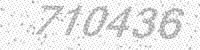
Solution: 710436